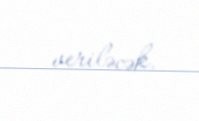
veriləcək.